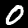
Digit: 0